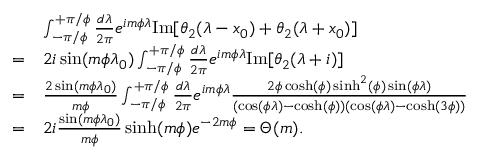
\begin{array} { r l } & { \int _ { - \pi / \phi } ^ { + \pi / \phi } \frac { d \lambda } { 2 \pi } e ^ { i m \phi \lambda } \mathrm { I m } [ \theta _ { 2 } ( \lambda - x _ { 0 } ) + \theta _ { 2 } ( \lambda + x _ { 0 } ) ] } \\ { = } & { 2 i \sin ( m \phi \lambda _ { 0 } ) \int _ { - \pi / \phi } ^ { + \pi / \phi } \frac { d \lambda } { 2 \pi } e ^ { i m \phi \lambda } \mathrm { I m } [ \theta _ { 2 } ( \lambda + i ) ] } \\ { = } & { \frac { 2 \sin ( m \phi \lambda _ { 0 } ) } { m \phi } \int _ { - \pi / \phi } ^ { + \pi / \phi } \frac { d \lambda } { 2 \pi } e ^ { i m \phi \lambda } \frac { 2 \phi \cosh ( \phi ) \sinh ^ { 2 } ( \phi ) \sin ( \phi \lambda ) } { ( \cos ( \phi \lambda ) - \cosh ( \phi ) ) ( \cos ( \phi \lambda ) - \cosh ( 3 \phi ) ) } } \\ { = } & { 2 i \frac { \sin ( m \phi \lambda _ { 0 } ) } { m \phi } \sinh ( m \phi ) e ^ { - 2 m \phi } = \Theta ( m ) . } \end{array}